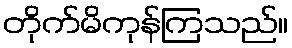
တိုက်မိကုန်ကြသည်။